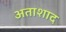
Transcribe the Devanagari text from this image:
अताशाद